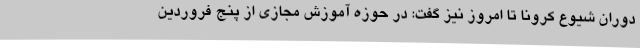
دوران شیوع کرونا تا امروز نیز گفت: در حوزه آموزش مجازی از پنج فروردین